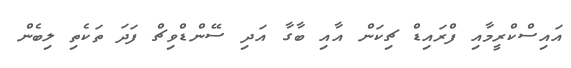
އައިސްކްރީމާއި ފްރައިޑް ޗިކަން އާއި ބާގާ އަދި ސޭންޑްވިޗް ފަދަ ތަކެތި ލިބެން